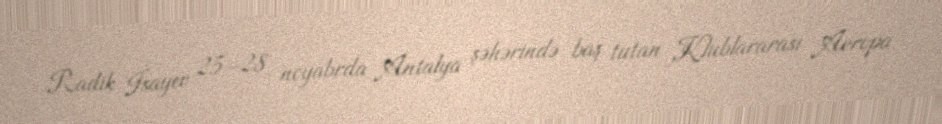
Radik İsayev 25–28 noyabrda Antalya şəhərində baş tutan Klublararası Avropa